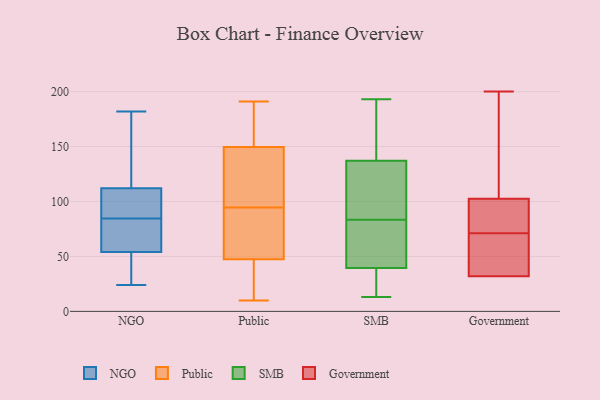
{"axis": {"x": "Market Share (%)", "y": "Value"}, "legend": ["Government", "NGO", "Public", "SMB"], "data": [{"x": "", "y": 112, "type": "NGO"}, {"x": "", "y": 41, "type": "NGO"}, {"x": "", "y": 182, "type": "NGO"}, {"x": "", "y": 141, "type": "NGO"}, {"x": "", "y": 94, "type": "NGO"}, {"x": "", "y": 78, "type": "NGO"}, {"x": "", "y": 96, "type": "NGO"}, {"x": "", "y": 70, "type": "NGO"}, {"x": "", "y": 64, "type": "NGO"}, {"x": "", "y": 24, "type": "NGO"}, {"x": "", "y": 95, "type": "NGO"}, {"x": "", "y": 162, "type": "NGO"}, {"x": "", "y": 91, "type": "NGO"}, {"x": "", "y": 26, "type": "NGO"}, {"x": "", "y": 149, "type": "NGO"}, {"x": "", "y": 64, "type": "NGO"}, {"x": "", "y": 54, "type": "NGO"}, {"x": "", "y": 43, "type": "NGO"}, {"x": "", "y": 116, "type": "Public"}, {"x": "", "y": 20, "type": "Public"}, {"x": "", "y": 174, "type": "Public"}, {"x": "", "y": 48, "type": "Public"}, {"x": "", "y": 15, "type": "Public"}, {"x": "", "y": 153, "type": "Public"}, {"x": "", "y": 98, "type": "Public"}, {"x": "", "y": 68, "type": "Public"}, {"x": "", "y": 91, "type": "Public"}, {"x": "", "y": 47, "type": "Public"}, {"x": "", "y": 152, "type": "Public"}, {"x": "", "y": 10, "type": "Public"}, {"x": "", "y": 62, "type": "Public"}, {"x": "", "y": 191, "type": "Public"}, {"x": "", "y": 122, "type": "Public"}, {"x": "", "y": 135, "type": "Public"}, {"x": "", "y": 72, "type": "Public"}, {"x": "", "y": 147, "type": "Public"}, {"x": "", "y": 169, "type": "Public"}, {"x": "", "y": 31, "type": "Public"}, {"x": "", "y": 34, "type": "SMB"}, {"x": "", "y": 42, "type": "SMB"}, {"x": "", "y": 71, "type": "SMB"}, {"x": "", "y": 24, "type": "SMB"}, {"x": "", "y": 101, "type": "SMB"}, {"x": "", "y": 13, "type": "SMB"}, {"x": "", "y": 148, "type": "SMB"}, {"x": "", "y": 102, "type": "SMB"}, {"x": "", "y": 185, "type": "SMB"}, {"x": "", "y": 37, "type": "SMB"}, {"x": "", "y": 193, "type": "SMB"}, {"x": "", "y": 190, "type": "SMB"}, {"x": "", "y": 47, "type": "SMB"}, {"x": "", "y": 70, "type": "SMB"}, {"x": "", "y": 96, "type": "SMB"}, {"x": "", "y": 126, "type": "SMB"}, {"x": "", "y": 32, "type": "Government"}, {"x": "", "y": 71, "type": "Government"}, {"x": "", "y": 200, "type": "Government"}, {"x": "", "y": 104, "type": "Government"}, {"x": "", "y": 32, "type": "Government"}, {"x": "", "y": 32, "type": "Government"}, {"x": "", "y": 86, "type": "Government"}, {"x": "", "y": 36, "type": "Government"}, {"x": "", "y": 32, "type": "Government"}, {"x": "", "y": 160, "type": "Government"}, {"x": "", "y": 98, "type": "Government"}]}